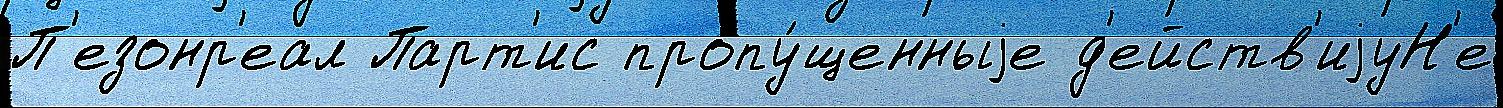
П'езонр'еал Парт'ис пропу́щенныjе д'ейств'иjуН'е